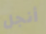
أنجل